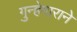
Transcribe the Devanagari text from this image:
गुन्हेगाराने